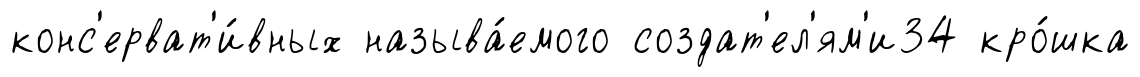
конс'ерват'и́вных называ́емого создат'ел'ям'и34 кро́шка